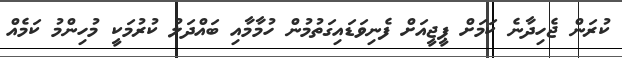
ކުރަން ޖެހިދާނެ ކަމަށް ޕީޖީއަށް ފެނިވަޑައިގަތުމުން ހުމާމާއި ބައްދަލު ކުރުމަކީ މުހިންމު ކަމެއް